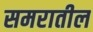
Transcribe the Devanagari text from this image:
समरातील